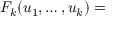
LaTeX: F _ { k } ( u _ { 1 } , \dots , u _ { k } ) =